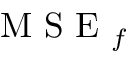
\mathrm { ~ M ~ S ~ E ~ } _ { f }